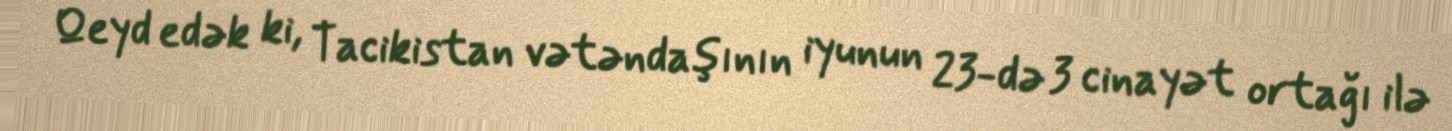
Qeyd edək ki, Tacikistan vətəndaşının iyunun 23-də 3 cinayət ortağı ilə